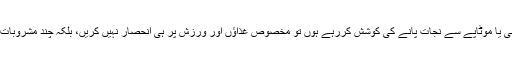
جب آپ جسمانی وزن میں کمی یا موٹاپے سے نجات پانے کی کوشش کررہے ہوں تو مخصوص غذاﺅں اور ورزش پر ہی انحصار نہیں کریں، بلکہ چند مشروبات سے بھی مدد لے سکتے ہیں۔